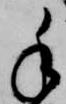
手